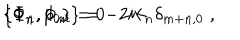
LaTeX: \{ \Phi _ { n } , p _ { 0 } \} = 0 \hspace { 3 c m } \{ \Phi _ { n } , \Phi _ { m } \} = - 2 i k _ { n } \delta _ { m + n , 0 } \; ,